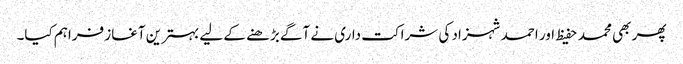
پھر بھی محمد حفیظ اور احمد شہزاد کی شراکت داری نے آگے بڑھنے کے لیے بہترین آغاز فراہم کیا۔